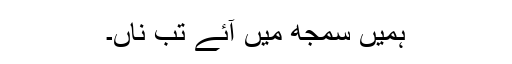
ہمیں سمجھ میں آئے تب ناں۔